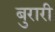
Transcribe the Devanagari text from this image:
बुरारी